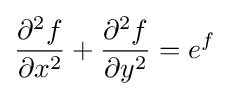
{\frac {\partial ^{2}f}{\partial x^{2}}}+{\frac {\partial ^{2}f}{\partial y^{2}}}=e^{f}